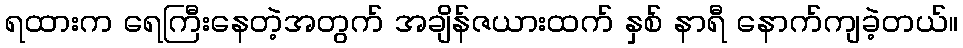
ရထားက ရေကြီးနေတဲ့အတွက် အချိန်ဇယားထက် နှစ် နာရီ နောက်ကျခဲ့တယ်။